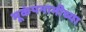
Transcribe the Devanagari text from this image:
भूकंपनाभीच्या